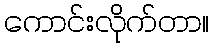
ကောင်းလိုက်တာ။